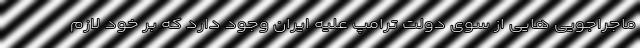
ماجراجویی هایی از سوی دولت ترامپ علیه ایران وجود دارد که بر خود لازم